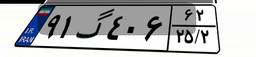
۹۱گ۴۰۶۶۲